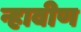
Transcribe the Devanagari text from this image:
न्हावीण